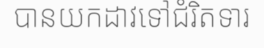
បានយកដាវទៅជំរិតទារ